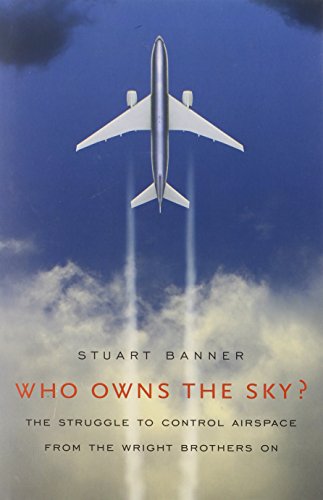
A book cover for Who Owns the Sky?: The Struggle to Control Airspace from the Wright Brothers On; Stuart Banner; Law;